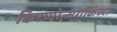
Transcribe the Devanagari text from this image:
किरणोत्सर्गीकंच्या